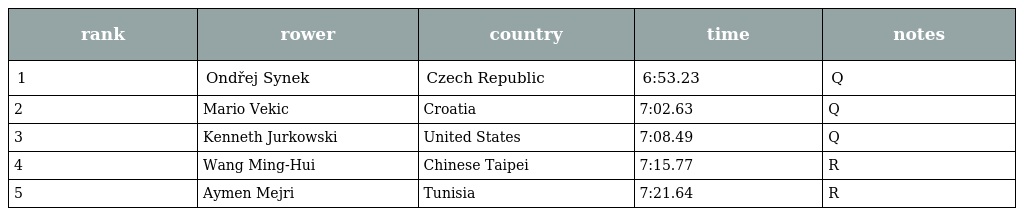
| rank | rower | country | time | notes |
 | --- | --- | --- | --- | --- |
 | 1 | Ondřej Synek | Czech Republic | 6:53.23 | Q |
 | 2 | Mario Vekic | Croatia | 7:02.63 | Q |
 | 3 | Kenneth Jurkowski | United States | 7:08.49 | Q |
 | 4 | Wang Ming-Hui | Chinese Taipei | 7:15.77 | R |
 | 5 | Aymen Mejri | Tunisia | 7:21.64 | R |